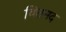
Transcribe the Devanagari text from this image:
वित्तमद